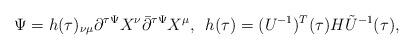
LaTeX: \begin{align*}\Psi=h(\tau)_{\nu\mu}\partial^{\tau\Psi}X^{\nu}\bar{\partial}^{\tau\Psi}X^{\mu},\hspace{.5em}h(\tau)=(U^{-1})^{T}(\tau)H\tilde{U}^{-1}(\tau),\end{align*}